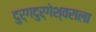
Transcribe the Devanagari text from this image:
दुर्गदुर्गेश्वराला